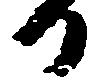
日